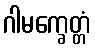
ဂါမက္ခေတ္တံ